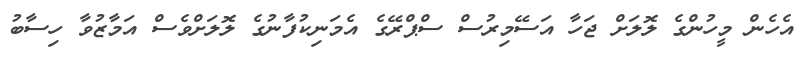
އެހެން މީހުންގެ ލޮލަށް ޖަހާ އަސޭމިރުސް ސްޕްރޭގެ އެމަނިކުފާނުގެ ލޮލަށްވެސް އަމާޒުވާ ހިސާބު